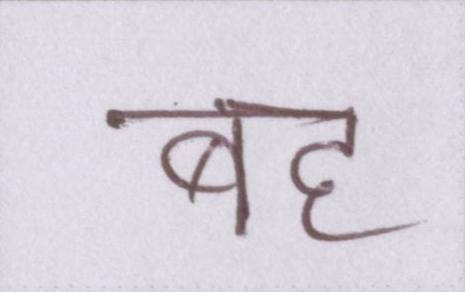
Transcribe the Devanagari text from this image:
बह